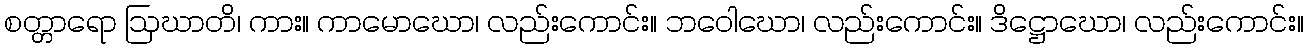
စတ္တာရော ဩဃာတိ၊ ကား။ ကာမောဃော၊ လည်းကောင်း။ ဘဝေါဃော၊ လည်းကောင်း။ ဒိဋ္ဌောဃော၊ လည်းကောင်း။